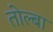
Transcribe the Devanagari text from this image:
तोल्बा